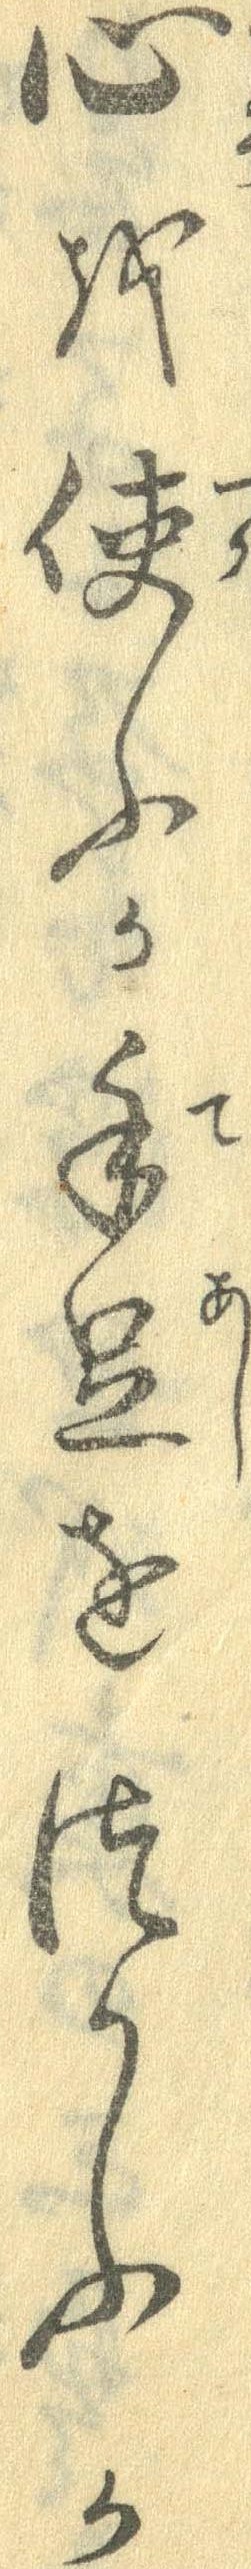
心を使ふか手足をつかふか